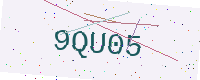
Text: 9QU05